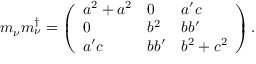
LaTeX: m _ { \nu } m _ { \nu } ^ { \dagger } = \left( \begin{array} { l l l } { { a ^ { 2 } + a ^ { 2 } } } & { { 0 } } & { { a ^ { \prime } c } } \\ { { 0 } } & { { b ^ { 2 } } } & { { b b ^ { \prime } } } \\ { { a ^ { \prime } c } } & { { b b ^ { \prime } } } & { { b ^ { 2 } + c ^ { 2 } } } \end{array} \right) .